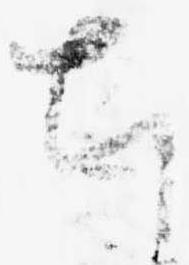
ち